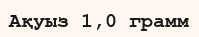
Ақуыз 1,0 грамм